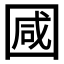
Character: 𭍩